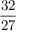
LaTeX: \frac { 3 2 } { 2 7 }